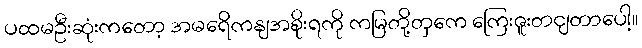
ပထမဦးဆုံးကတော့ အမရေိကနျအစိုးရကို ကမြတို့တှကေ ကြေးဇူးတငျတာပေါ့။